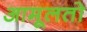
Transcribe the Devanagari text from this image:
आमूलतो